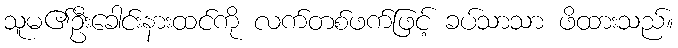
သူမ၏ဦးခေါင်းနားထင်ကို လက်တစ်ဖက်ဖြင့် ခပ်သာသာ ဖိထားသည်။